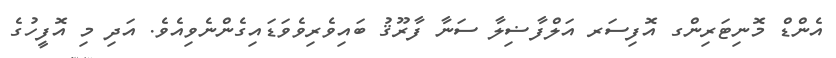
އެންޑް މޮނިޓަރިންގ އޮފިސަރ އަލްފާޟިލާ ސަނާ ފާރޫޤު ބައިވެރިވެވަޑައިގެންނެވިއެވެ. އަދި މި އޮފީހުގެ